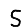
Digit: 5